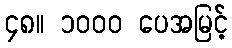
၄၈။ ၁၀၀၀ ပေအမြင့်